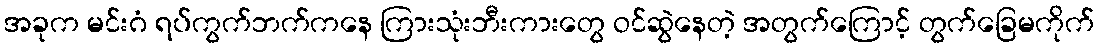
အခုက မင်းဂံ ရပ်ကွက်ဘက်ကနေ ကြားသုံးဘီးကားတွေ ဝင်ဆွဲနေတဲ့ အတွက်ကြောင့် တွက်ခြေမကိုက်